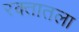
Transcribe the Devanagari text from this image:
रक्तातला